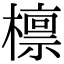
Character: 檩